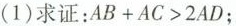
(1)求证：$$AB+AC>2AD$$；